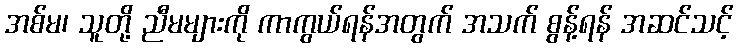
အစ်မ၊ သူတို့ ညီမများကို ကာကွယ်ရန်အတွက် အသက် စွန့်ရန် အဆင်သင့်